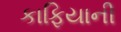
કાફિયાની